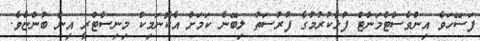
ފަސޭހަވެ އިންވެސްޓްމަންޓް ފުޅާކުރުމުގެ ފުރުސަތު ލިބޭނެ ކަމަށް އެކޮނަމިކް މިނިސްޓްރީ އިން ބުންޏެވެ.